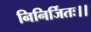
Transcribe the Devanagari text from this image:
निनिर्जितः।।